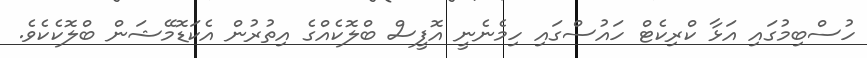
ހުސްބިމުގައި އަޅާ ކްރިކެޓް ހައުސްގައި ހިމެނެނީ އޮފީސް ބްލޮކެއްގެ އިތުރުން އެކަޑޮމޭޝަން ބްލޮކެކެވެ.